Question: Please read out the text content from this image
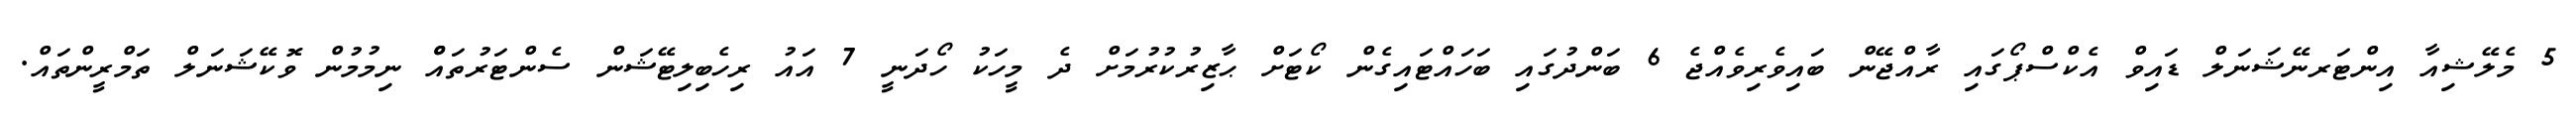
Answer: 5 މެލޭޝިއާ އިންޓަރނޭޝަނަލް ޑައިވް އެކްސްޕޯގައި ރާއްޖޭން ބައިވެރިވެއްޖެ 6 ބަންދުގައި ބަހައްޓައިގެން ކޯޓަށް ޙާޒިރުކުރުމަށް ދެ މީހަކު ހޯދަނީ 7 އައު ރިހެބިލިޓޭޝަން ސެންޓަރުތައްް ނިމުމުން ވޮކޭޝަނަލް ތަމްރީންތައް.